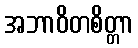
အဘာဝိတစိတ္တာ